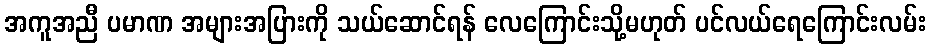
အကူအညီ ပမာဏ အများအပြားကို သယ်ဆောင်ရန် လေကြောင်းသို့မဟုတ် ပင်လယ်ရေကြောင်းလမ်း